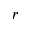
r